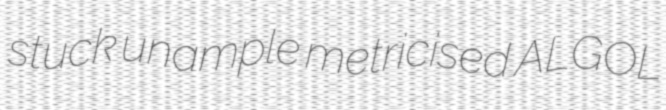
stuck unample metricised ALGOL